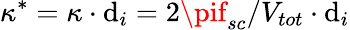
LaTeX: \kappa^{\ast}=\kappa\cdot\mathrm{d}_{i}=2\pif_{sc}/V_{tot}\cdot\mathrm{d}_{i}